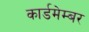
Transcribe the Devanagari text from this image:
कार्डमेम्बर